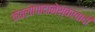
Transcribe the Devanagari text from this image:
केवलोपादानेश्वरवादी